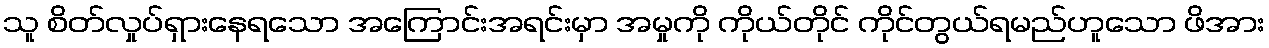
သူ စိတ်လှုပ်ရှားနေရသော အကြောင်းအရင်းမှာ အမှုကို ကိုယ်တိုင် ကိုင်တွယ်ရမည်ဟူသော ဖိအား